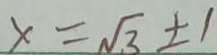
x = \sqrt { 3 } \pm 1